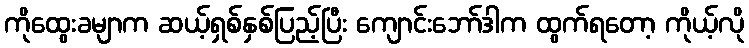
ကိုထွေးခမျာက ဆယ့်ရှစ်နှစ်ပြည့်ပြီး ကျောင်းဘော်ဒါက ထွက်ရတော့ ကိုယ့်လို